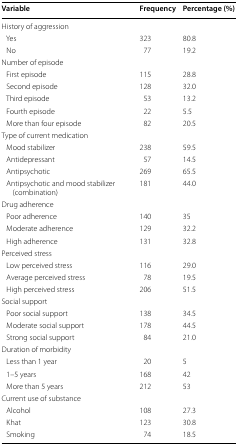
<table><thead><tr><td><b>Variable</b></td><td><b>Frequency</b></td><td><b>Percentage (%)</b></td></tr></thead><tbody><tr><td colspan="3">History of aggression</td></tr><tr><td> Yes</td><td>323</td><td>80.8</td></tr><tr><td> No</td><td>77</td><td>19.2</td></tr><tr><td colspan="3">Number of episode</td></tr><tr><td> First episode</td><td>115</td><td>28.8</td></tr><tr><td> Second episode</td><td>128</td><td>32.0</td></tr><tr><td> Third episode</td><td>53</td><td>13.2</td></tr><tr><td> Fourth episode</td><td>22</td><td>5.5</td></tr><tr><td> More than four episode</td><td>82</td><td>20.5</td></tr><tr><td colspan="3">Type of current medication</td></tr><tr><td> Mood stabilizer</td><td>238</td><td>59.5</td></tr><tr><td> Antidepressant</td><td>57</td><td>14.5</td></tr><tr><td> Antipsychotic</td><td>269</td><td>65.5</td></tr><tr><td> Antipsychotic and mood stabilizer (combination)</td><td>181</td><td>44.0</td></tr><tr><td colspan="3">Drug adherence</td></tr><tr><td> Poor adherence</td><td>140</td><td>35</td></tr><tr><td> Moderate adherence</td><td>129</td><td>32.2</td></tr><tr><td> High adherence</td><td>131</td><td>32.8</td></tr><tr><td colspan="3">Perceived stress</td></tr><tr><td> Low perceived stress</td><td>116</td><td>29.0</td></tr><tr><td> Average perceived stress</td><td>78</td><td>19.5</td></tr><tr><td> High perceived stress</td><td>206</td><td>51.5</td></tr><tr><td colspan="3">Social support</td></tr><tr><td> Poor social support</td><td>138</td><td>34.5</td></tr><tr><td> Moderate social support</td><td>178</td><td>44.5</td></tr><tr><td> Strong social support</td><td>84</td><td>21.0</td></tr><tr><td colspan="3">Duration of morbidity</td></tr><tr><td> Less than 1 year</td><td>20</td><td>5</td></tr><tr><td> 1–5 years</td><td>168</td><td>42</td></tr><tr><td> More than 5 years</td><td>212</td><td>53</td></tr><tr><td colspan="3">Current use of substance</td></tr><tr><td> Alcohol</td><td>108</td><td>27.3</td></tr><tr><td> Khat</td><td>123</td><td>30.8</td></tr><tr><td> Smoking</td><td>74</td><td>18.5</td></tr></tbody></table>